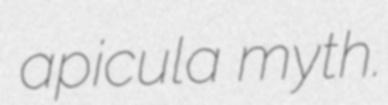
apicula myth.